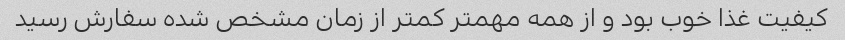
کیفیت غذا خوب بود و از همه مهمتر کمتر از زمان مشخص شده سفارش رسید